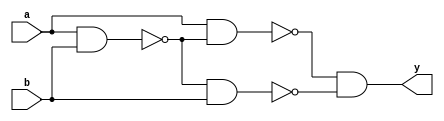
`timescale 1ns / 1ps
//////////////////////////////////////////////////////////////////////////////////
// Company: 
// Engineer: 
// 
// Design Name: 
// Module Name: xnor_nand
// Project Name: 
// Target Devices: 
// Tool Versions: 
// Description: 
// 
// Dependencies: 
// 
// Revision:
// Revision 0.01 - File Created
// Additional Comments:
// 
//////////////////////////////////////////////////////////////////////////////////


module xnor_nand(input a, b, output y);
    
wire temp1, temp2, temp3, temp4;
    
nand n14(temp1, a, b);
nand n15(temp2, a, temp1);
nand n16(temp3, temp1, b);
nand n17(temp4, temp2, temp3);
nand n18(y, temp4, temp4);

endmodule